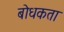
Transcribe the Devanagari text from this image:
बोधकता